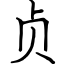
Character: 贞